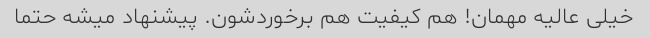
خیلی عالیه مهمان! هم کیفیت هم برخوردشون. پیشنهاد میشه حتما